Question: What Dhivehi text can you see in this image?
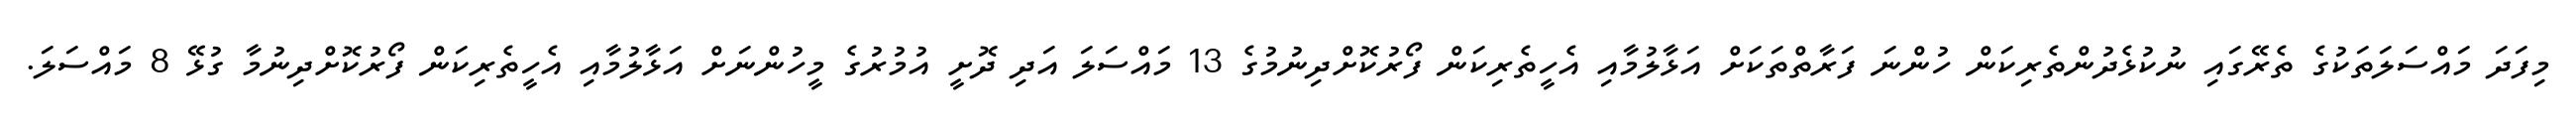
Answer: މިފަދަ މައްސަލަތަކުގެ ތެރޭގައި ނުކުޅެދުންތެރިކަން ހުންނަ ފަރާތްތަކަށް އަޅާލުމާއި އެހީތެރިކަން ފޯރުކޮށްދިނުމުގެ 13 މައްސަލަ އަދި ދޮށީ އުމުރުގެ މީހުންނަށް އަޅާލުމާއި އެހީތެރިކަން ފޯރުކޮށްދިނުމާ ގުޅޭ 8 މައްސަލަ.